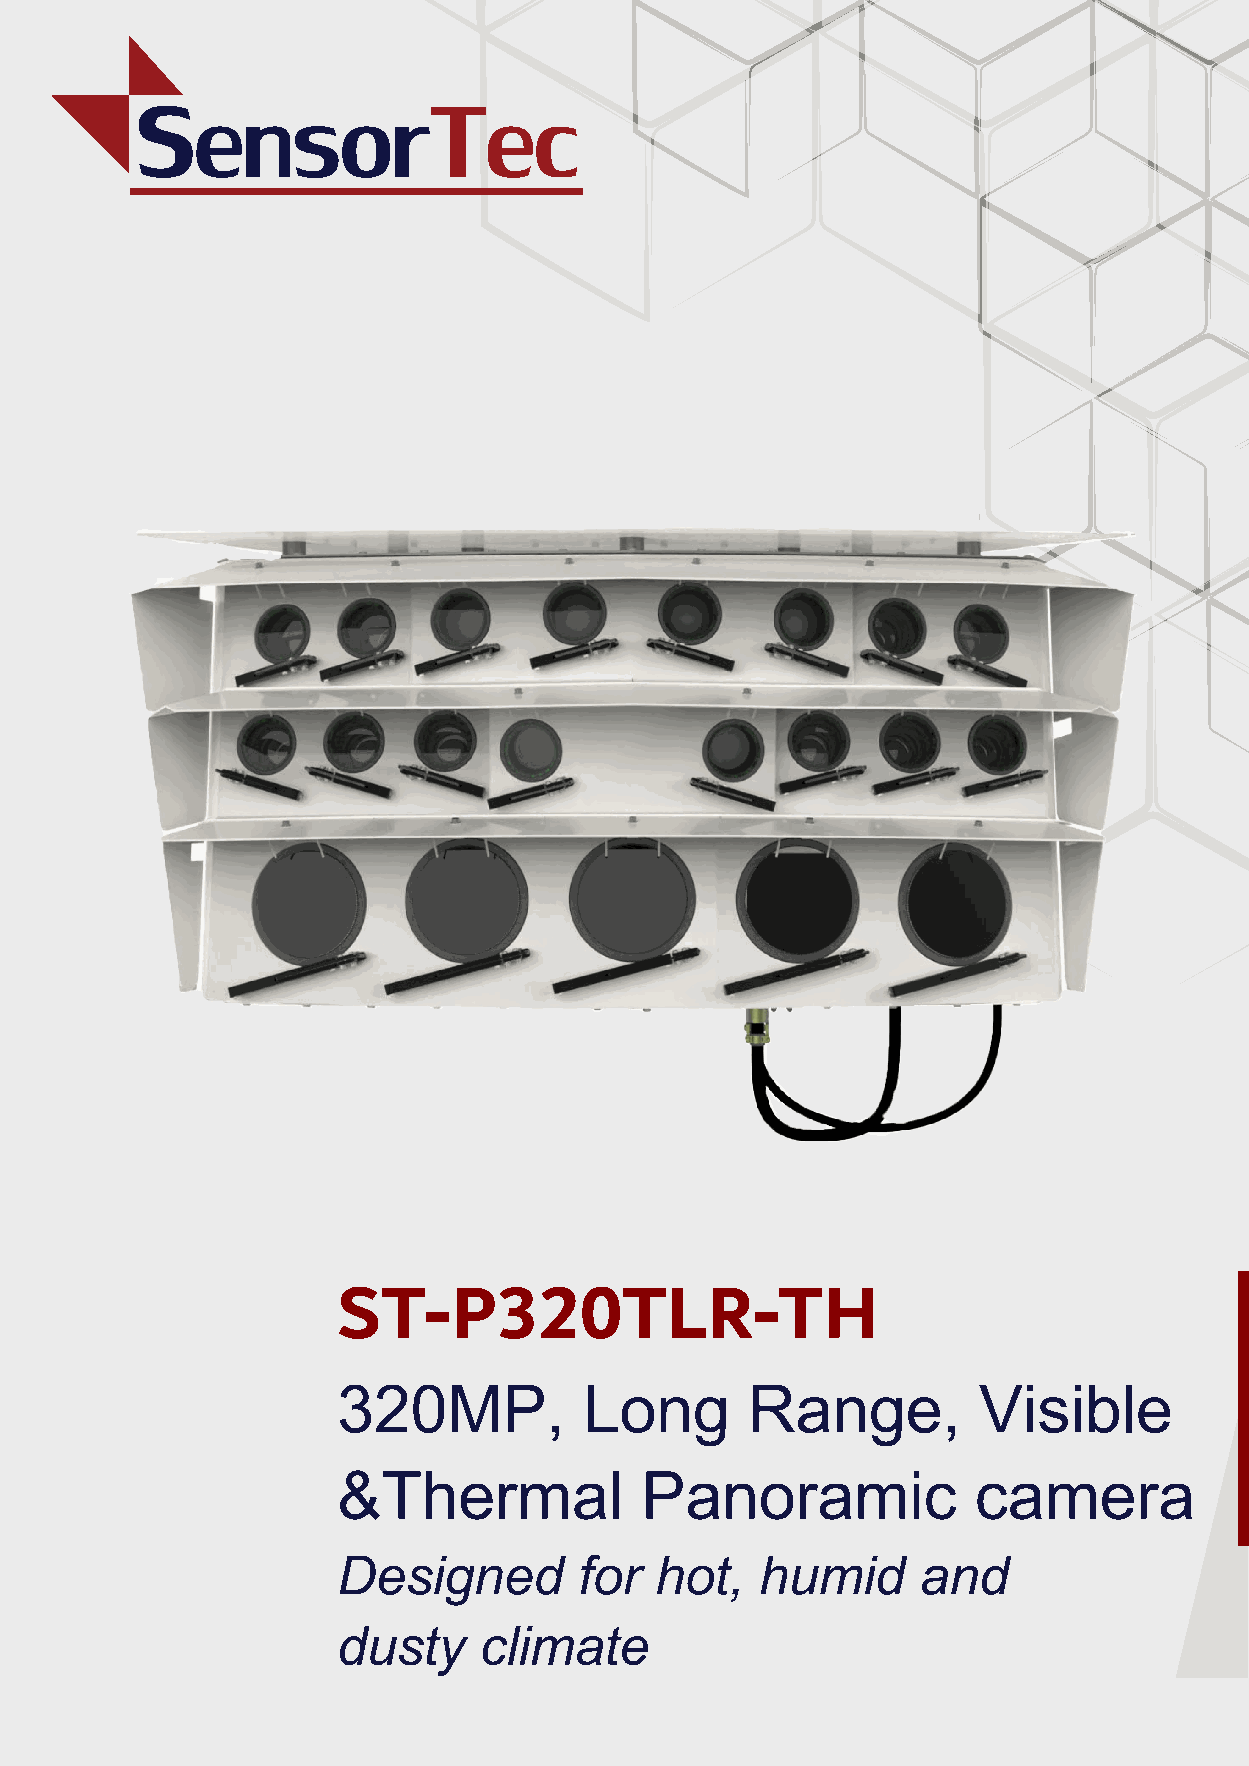
ST-P320TLR-TH
 320MP,           Long       Range,         Visible
 &Thermal            Panoramic              camera
 Designed        for  hot,   humid      and
 dusty     climate